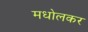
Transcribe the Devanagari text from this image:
मधोलकर